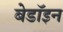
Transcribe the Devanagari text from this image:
बेडॉइन